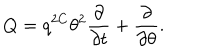
LaTeX: Q = q ^ { 2 C } \theta ^ { 2 } \frac { \partial } { \partial t } + \frac { \partial } { \partial \theta } .